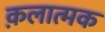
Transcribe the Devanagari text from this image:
क़लात्मक